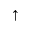
\uparrow